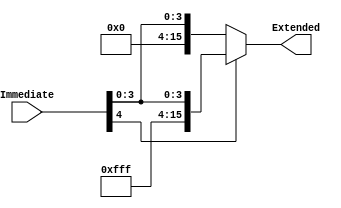
`timescale 1ns / 1ps
//////////////////////////////////////////////////////////////////////////////////
// Company: 
// Engineer: 
// 
// Design Name: 
// Module Name:    SignExtend 
// Project Name: 
// Target Devices: 
// Tool versions: 
// Description: 
//
// Dependencies: 
//
// Revision: 
// Revision 0.01 - File Created
// Additional Comments: 
//
//////////////////////////////////////////////////////////////////////////////////
module SignExtend(
	input [4:0] Immediate,
   output reg [15:0] Extended
);

always @* begin
	if (Immediate[4] == 1) begin
        Extended = {{11{1'b1}}, Immediate};
   end else begin
        Extended = {{11{1'b0}}, Immediate};
    end
end

endmodule